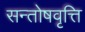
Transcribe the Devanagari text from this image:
सन्तोषवृत्ति